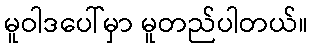
မူဝါဒပေါ်မှာ မူတည်ပါတယ်။